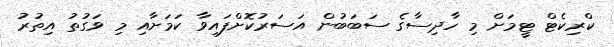
ކްރިކެޓް ޓީމަށް މި ހާދިސާގެ ސަބަބުން އަސަރުކޮށްފައިވާ ކަމަށާއި މި ވަގުތު އިތުރު